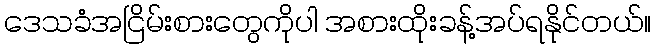
ဒေသခံအငြိမ်းစားတွေကိုပါ အစားထိုးခန့်အပ်ရနိုင်တယ်။